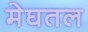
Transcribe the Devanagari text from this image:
मेघतल